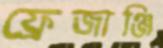
ফ্রেজাঞ্জি